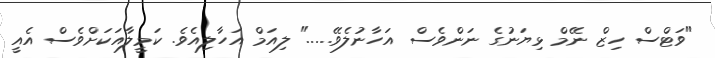
"ވަޓްސް ހިޒް ނޭމް ޅިޔަނުގެ ނަންވެސް އަހާނުލެވޭ....." ލިއަމް އަހާލިއެވެ. ކަމީލާއަކަށްވެސް އެއީ